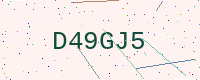
Text: D49GJ5